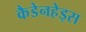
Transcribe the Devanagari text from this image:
कैडेनहेड्स